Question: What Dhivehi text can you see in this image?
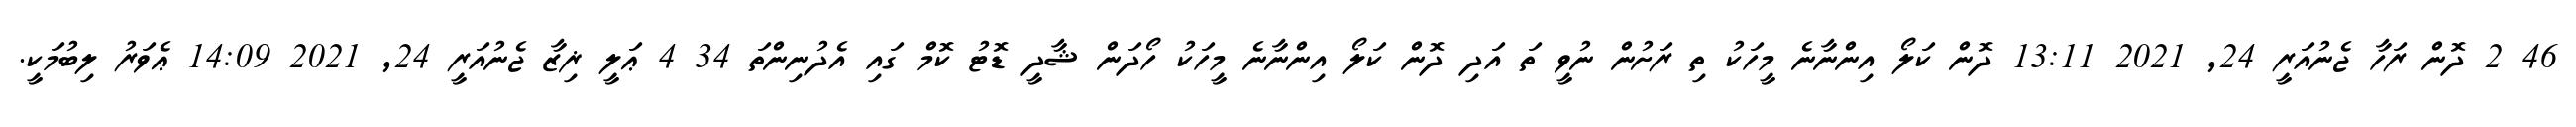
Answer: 46 2 ދޮން ރަހާ ޖެނުއަރީ 24, 2021 13:11 ދޮން ކަލޯ އިންނާނެ މީހަކު ތި ރަށުން ނުވީ ތަ އަދި ދޮން ކަލޯ އިންނާނެ މީހަކު ހޯދަން ޝާދީ ޑޮޓު ކޮމް ގައި އެދުނިންތަ 34 4 ޢަލީ ޜިޒާ ޖެނުއަރީ 24, 2021 14:09 ޢެވަރު ލިބުމަކީ.